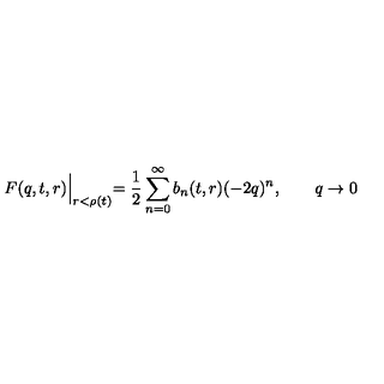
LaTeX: F ( q , t , r ) \Bigl | _ { r < \rho ( t ) } = \frac { 1 } { 2 } \sum _ { n = 0 } ^ { \infty } b _ { n } ( t , r ) ( - 2 q ) ^ { n } , \qquad q \to 0